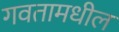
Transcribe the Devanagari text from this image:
गवतामधील